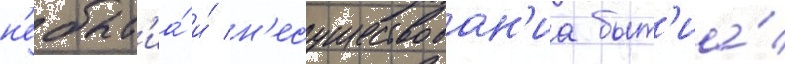
н'ебыт'иа́ и́ н'есуществован'иа быт'иа́